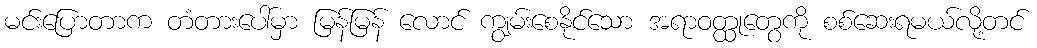
မင်းပြောတာက တံတားပေါ်မှာ မြန်မြန် လောင် ကျွမ်းစေနိုင်သော အရာဝတ္ထုတွေကို စစ်ဆေးရမယ်လို့တင်